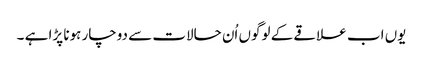
یوں اب علاقے کے لوگوں اُن حالات سے دوچار ہونا پڑا ہے ۔